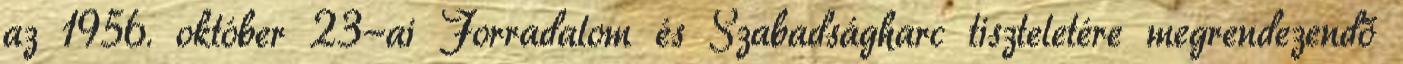
az 1956. október 23-ai Forradalom és Szabadságharc tiszteletére megrendezendő